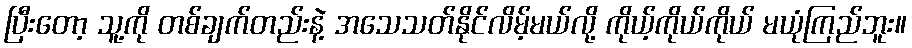
ပြီးတော့ သူ့ကို တစ်ချက်တည်းနဲ့ အသေသတ်နိုင်လိမ့်မယ်လို့ ကိုယ့်ကိုယ်ကိုယ် မယုံကြည်ဘူး။